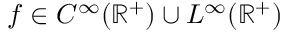
f \in C ^ { \infty } ( \mathbb R ^ { + } ) \cup L ^ { \infty } ( \mathbb R ^ { + } )